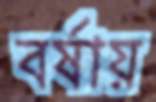
বর্ষায়